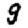
Digit: 9